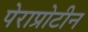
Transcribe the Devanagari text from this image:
पेराप्रोटीन